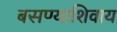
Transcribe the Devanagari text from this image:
बसण्याशिवाय